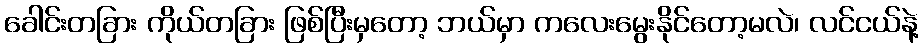
ခေါင်းတခြား ကိုယ်တခြား ဖြစ်ပြီးမှတော့ ဘယ်မှာ ကလေးမွေးနိုင်တော့မလဲ၊ လင်ငယ်နဲ့